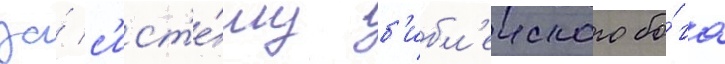
за́ с'ист'е́му б'ибл'еиского бо́га